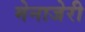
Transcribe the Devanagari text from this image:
मेनाजेरी